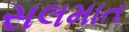
સલમાત